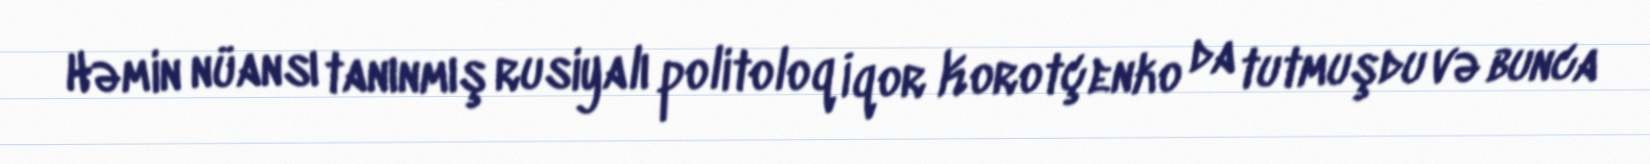
Həmin nüansı tanınmış rusiyalı politoloq İqor Korotçenko da tutmuşdu və bunca